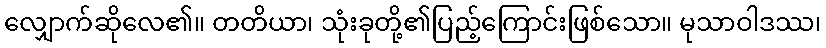
လျှောက်ဆိုလေ၏။ တတိယာ၊ သုံးခုတို့၏ပြည့်ကြောင်းဖြစ်သော။ မုသာဝါဒဿ၊